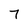
Character: 7